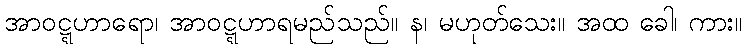
အာဝဋ္ဋဟာရော၊ အာဝဋ္ဋဟာရမည်သည်။ န၊ မဟုတ်သေး။ အထ ခေါ၊ ကား။